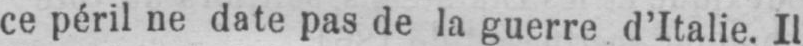
ce péril ne date pas de la guerre d’Italie. Il